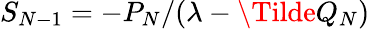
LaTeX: S_{N-1}=-P_{N}/(\lambda-\Tilde{Q}_{N})